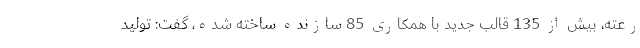
رعته‌، بیش از 135 قالب جدید با همکاری 85 سازنده ساخته شده، گفت: تولید